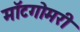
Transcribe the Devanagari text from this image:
मॉटगोमरी